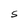
Character: S